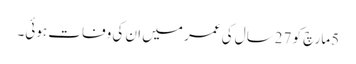
5مارچ کو 27سال کی عمر میں ان کی وفات ہوئی۔